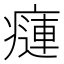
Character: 𤹨